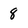
Character: 8